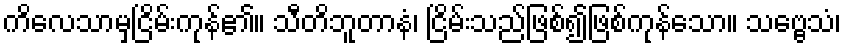
ကိလေသာမှငြိမ်းကုန်၏။ သီတိဘူတာနံ၊ ငြိမ်းသည်ဖြစ်၍ဖြစ်ကုန်သော။ သဗ္ဗေသံ၊